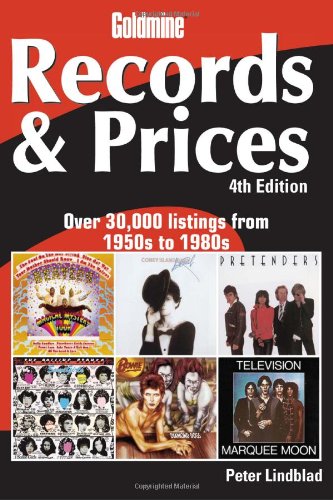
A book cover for Goldmine Records & Prices; Peter Lindblad; Crafts, Hobbies & Home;